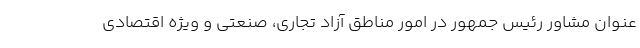
عنوان مشاور رئیس جمهور در امور مناطق آزاد تجاری، صنعتی و ویژه اقتصادی